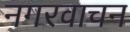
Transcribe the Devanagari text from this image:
नगरवाचन